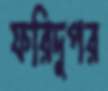
ফরিদুপর